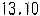
13.10